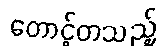
တောင့်တသည့်